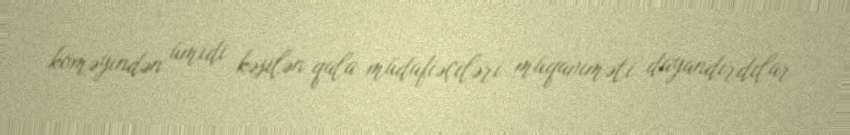
köməyindən ümidi kəsilən qala müdafiəçiləri müqaviməti dayandırdılar.